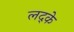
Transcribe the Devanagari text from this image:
लद्के